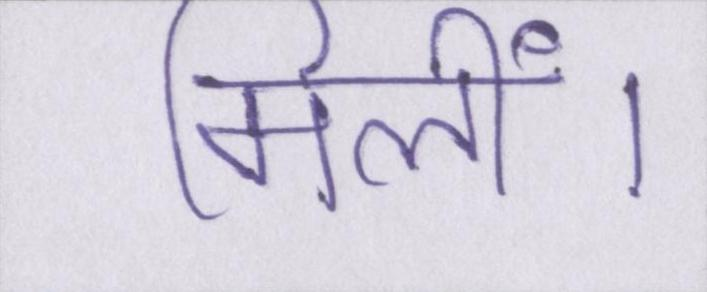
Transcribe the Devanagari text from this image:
मिलीं।